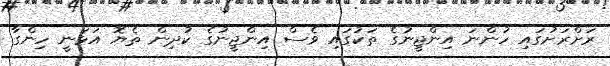
ރަށްރަށުގައި ހުންނަ އިންޖީނުގެ ތަކުގައި ވެސް އިންޖީނުގެ ކުދިން ތެޔޮ އަޅަނީ ހިންގާ